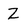
Character: Z